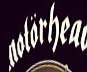
motorhead